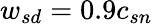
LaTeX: {w_{sd}}=0.9c_{sn}